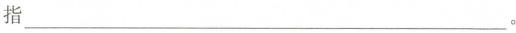
指___。